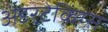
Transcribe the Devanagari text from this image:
अंडरटेकिंग्स